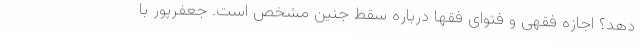
دهد؟ اجازه فقهی و فتوای فقها درباره سقط جنین مشخص است. جعفرپور با